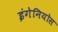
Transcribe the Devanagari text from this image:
इंगेनियोस